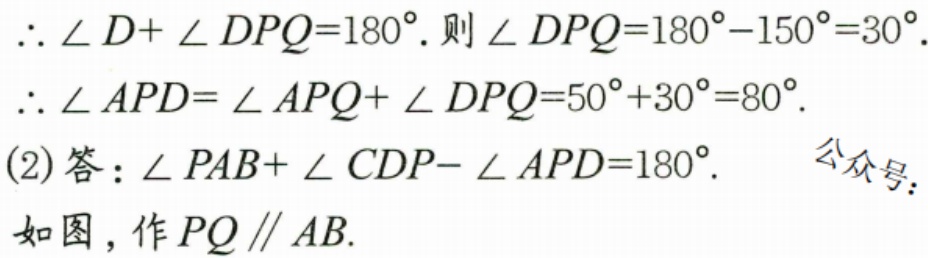
\(\therefore \angle D+\angle DPQ = 180^{\circ}\). 则\(\angle DPQ = 180^{\circ}-150^{\circ}=30^{\circ}\).
\(\therefore \angle APD=\angle APQ+\angle DPQ = 50^{\circ}+30^{\circ}=80^{\circ}\).
(2)答：\(\angle PAB+\angle CDP - \angle APD = 180^{\circ}\).  公众号：
如图，作\(PQ\parallel AB\).